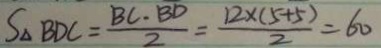
S _ { \Delta B D C } = \frac { B C \cdot B D } { 2 } = \frac { 1 2 \times ( 5 + 5 ) } { 2 } = 6 0